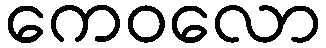
ကေဝလော